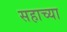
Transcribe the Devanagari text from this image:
सहाच्या